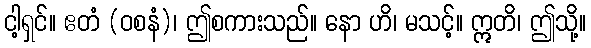
ငါ့ရှင်။ ဧတံ (ဝစနံ)၊ ဤစကားသည်။ နော ဟိ၊ မသင့်။ ဣတိ၊ ဤသို့။